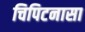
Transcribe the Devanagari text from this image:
चिपिटनासा